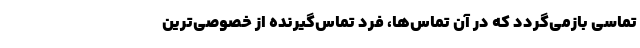
تماسی بازمی‌گردد که در آن تماس‌ها، فرد تماس‌گیرنده از خصوصی‌ترین